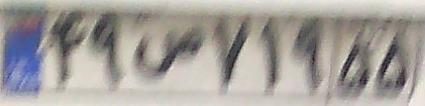
۴۹ص۷۱۹۵۵